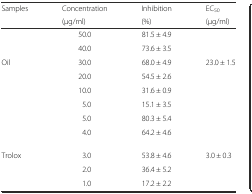
| <ROWSPAN=2> Samples | Concentration | Inhibition | EC50 |
 | (μg/ml) | (%) | (μg/ml) |
 | --- | --- | --- | --- |
 |  | 50.0 | 81.5 ± 4.9 |  |
 |  | 40.0 | 73.6 ± 3.5 |  |
 | Oil | 30.0 | 68.0 ± 4.9 | 23.0 ± 1.5 |
 |  | 20.0 | 54.5 ± 2.6 |  |
 |  | 10.0 | 31.6 ± 0.9 |  |
 |  | 5.0 | 15.1 ± 3.5 |  |
 |  | 5.0 | 80.3 ± 5.4 |  |
 |  | 4.0 | 64.2 ± 4.6 |  |
 | Trolox | 3.0 | 53.8 ± 4.6 | 3.0 ± 0.3 |
 |  | 2.0 | 36.4 ± 5.2 |  |
 |  | 1.0 | 17.2 ± 2.2 |  |